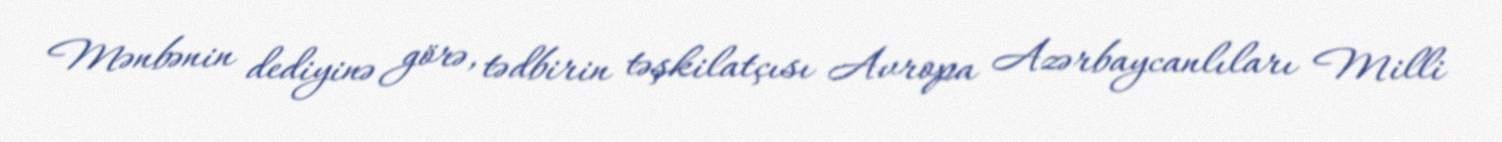
Mənbənin dediyinə görə, tədbirin təşkilatçısı Avropa Azərbaycanlıları Milli